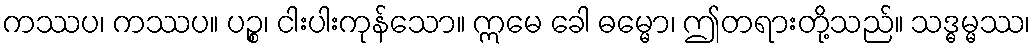
ကဿပ၊ ကဿပ။ ပဉ္စ၊ ငါးပါးကုန်သော။ ဣမေ ခေါ ဓမ္မော၊ ဤတရားတို့သည်။ သဒ္ဓမ္မဿ၊